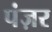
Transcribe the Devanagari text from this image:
पंज़र